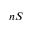
n S